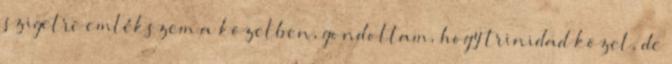
szigetre emlékszem a közelben, gondoltam, hogy trinidad közel, de